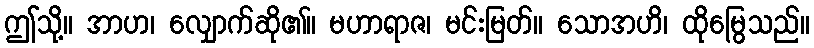
ဤသို့။ အာဟ၊ လျှောက်ဆို၏။ မဟာရာဇ၊ မင်းမြတ်။ သောအဟိ၊ ထိုမြွေသည်။